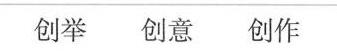
创举 创意 创作